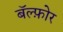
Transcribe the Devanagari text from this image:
बॅल्फ़ोर